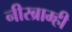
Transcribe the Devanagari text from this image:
नीरब्राम्‍ही